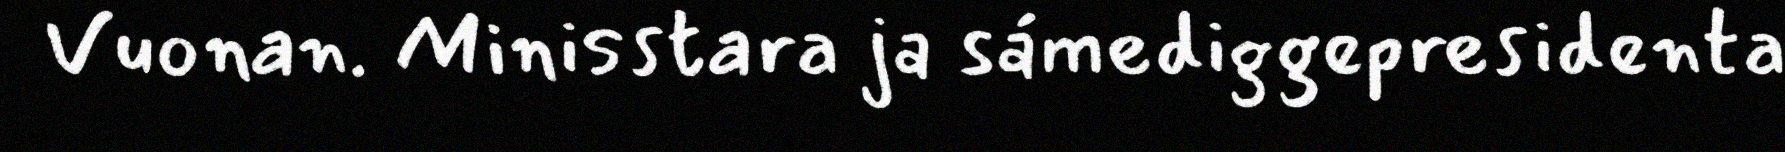
Vuonan. Minisstara ja sámediggepresidenta